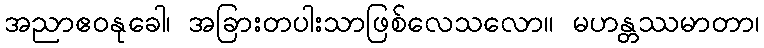
အညာဧဝနုခေါ၊ အခြားတပါးသာဖြစ်လေသလော။ မဟန္တဿမာတာ၊